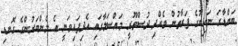
ބަންޑާރަ ނައިބުގެ ފަރާތުން ވެއްދި ދުސްތޫރީ މައްސަލާގައި އެދިފައިވަނީ އެ މެންބަރުންގެ ގޮނޑި